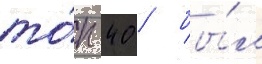
то́п 40 / бы́л